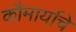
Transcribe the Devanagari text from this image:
कौमार्याचे